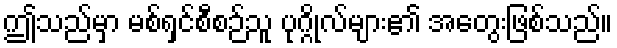
ဤသည်မှာ မစ်ရှင်စီစဉ်သူ ပုဂ္ဂိုလ်များ၏ အတွေးဖြစ်သည်။